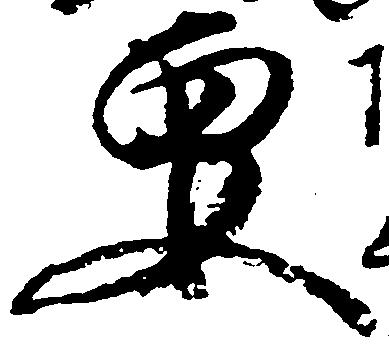
要